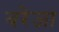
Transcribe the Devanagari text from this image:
बरेजा